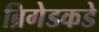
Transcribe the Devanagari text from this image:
ब्रिगेडकडे